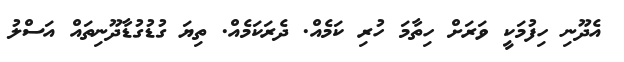
އެދޫނި ހިފުމަކީ ވަރަށް ހިތާމަ ހުރި ކަމެއް. ދެރަކަމެއް. ތިޔަ ގުޑުގުޑާދޫނިތައް އަސްލު